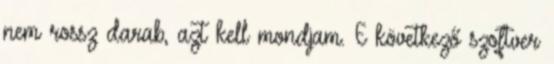
nem rossz darab, azt kell mondjam. E következő szoftver